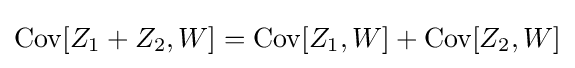
\operatorname {Cov} [Z_{1}+Z_{2},W]=\operatorname {Cov} [Z_{1},W]+\operatorname {Cov} [Z_{2},W]